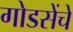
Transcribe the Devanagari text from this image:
गोडसेंचे